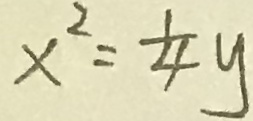
x ^ { 2 } = \frac { 1 } { 4 } y